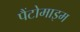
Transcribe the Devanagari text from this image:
पैंटोमाइम